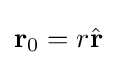
\mathbf {r} _{0}=r{\hat {\mathbf {r} }}